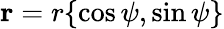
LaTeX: \mathbf{r}=r\{ \cos\psi,\sin\psi\}